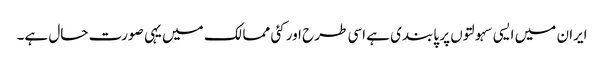
ایران میں ایسی سہولتوں پر پابندی ہے اسی طرح اور کئی ممالک میں یہی صورت حال ہے۔